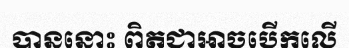
បាននោះ ពិតជាអាចបើកលើ